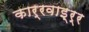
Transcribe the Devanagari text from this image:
कार्रवाइ्र्र